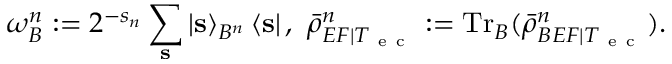
\omega _ { B } ^ { n } : = 2 ^ { - s _ { n } } \sum _ { \mathbf { s } } \left\vert \mathbf { s } \right\rangle _ { B ^ { n } } \left\langle \mathbf { s } \right\vert , ~ \bar { \rho } _ { E F | T _ { \mathrm { ~ e ~ c ~ } } } ^ { n } : = \mathrm { T r } _ { B } ( \bar { \rho } _ { B E F | T _ { \mathrm { ~ e ~ c ~ } } } ^ { n } ) .